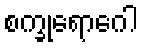
စက္ခုရောဂေါ